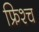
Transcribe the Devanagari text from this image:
फ्रिश्च